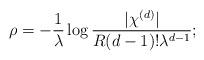
LaTeX: \begin{align*}\rho=-\frac{1}{\lambda}\log\frac{|\chi^{(d)}|}{R(d-1)!\lambda^{d-1}};\end{align*}